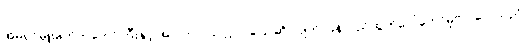
အိမ်ရှင်မှူးမတ်ကတော်ကြီးနှင့် အာလာပ သလ္လာပပြောဆို လျက် ပြန်လည်ထွက်ပေါ်တော်မူလာလေသည်။